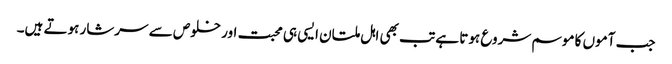
جب آموں کا موسم شروع ہوتا ہے تب بھی اہل ملتان ایسی ہی محبت اور خلوص سے سرشار ہوتے ہیں۔